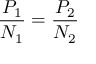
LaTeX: { \frac { P _ { 1 } } { N _ { 1 } } } = { \frac { P _ { 2 } } { N _ { 2 } } }